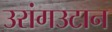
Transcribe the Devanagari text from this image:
उरांगउटान